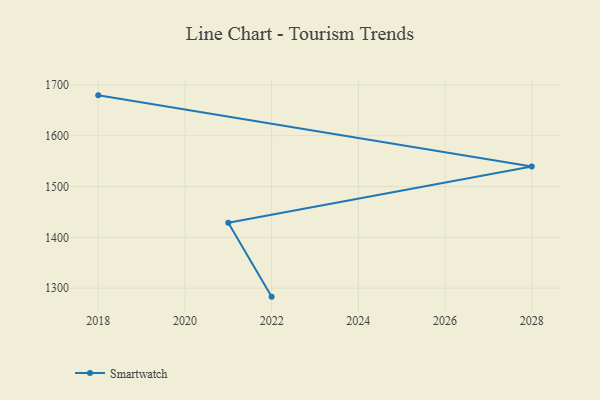
{"axis": {"x": "Year", "y": "Customer Acquisition Cost (USD)"}, "legend": ["Smartwatch"], "data": [{"x": "2018", "y": 1679.4, "type": "Smartwatch"}, {"x": "2028", "y": 1539.5, "type": "Smartwatch"}, {"x": "2021", "y": 1428.8, "type": "Smartwatch"}, {"x": "2022", "y": 1283.3, "type": "Smartwatch"}]}